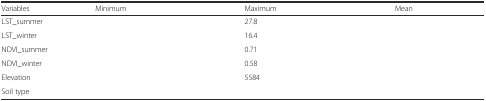
<table><thead><tr><td><b>Variables</b></td><td><b>Minimum</b></td><td><b>Maximum</b></td><td><b>Mean</b></td></tr></thead><tbody><tr><td>LST_summer</td><td>[EMPTY_CELL]</td><td>27.8</td><td>[EMPTY_CELL]</td></tr><tr><td>LST_winter</td><td>[EMPTY_CELL]</td><td>16.4</td><td>[EMPTY_CELL]</td></tr><tr><td>NDVI_summer</td><td>[EMPTY_CELL]</td><td>0.71</td><td>[EMPTY_CELL]</td></tr><tr><td>NDVI_winter</td><td>[EMPTY_CELL]</td><td>0.58</td><td>[EMPTY_CELL]</td></tr><tr><td>Elevation</td><td>[EMPTY_CELL]</td><td>5584</td><td>[EMPTY_CELL]</td></tr><tr><td>Soil type</td><td colspan="3">[EMPTY_CELL]</td></tr></tbody></table>